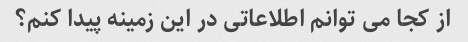
از کجا می توانم اطلاعاتی در این زمینه پیدا کنم؟